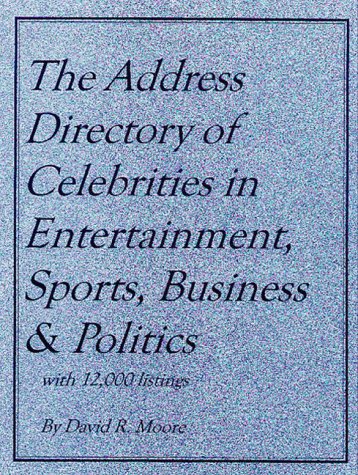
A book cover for The Address Directory of Celebrities in Entertainment, Sports, Business & Politics (Address Directory of Celebrities in Entertainment, Sports, Business and Politics); David R. Moore; Crafts, Hobbies & Home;